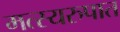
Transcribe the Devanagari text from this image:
मत्स्यरुपात